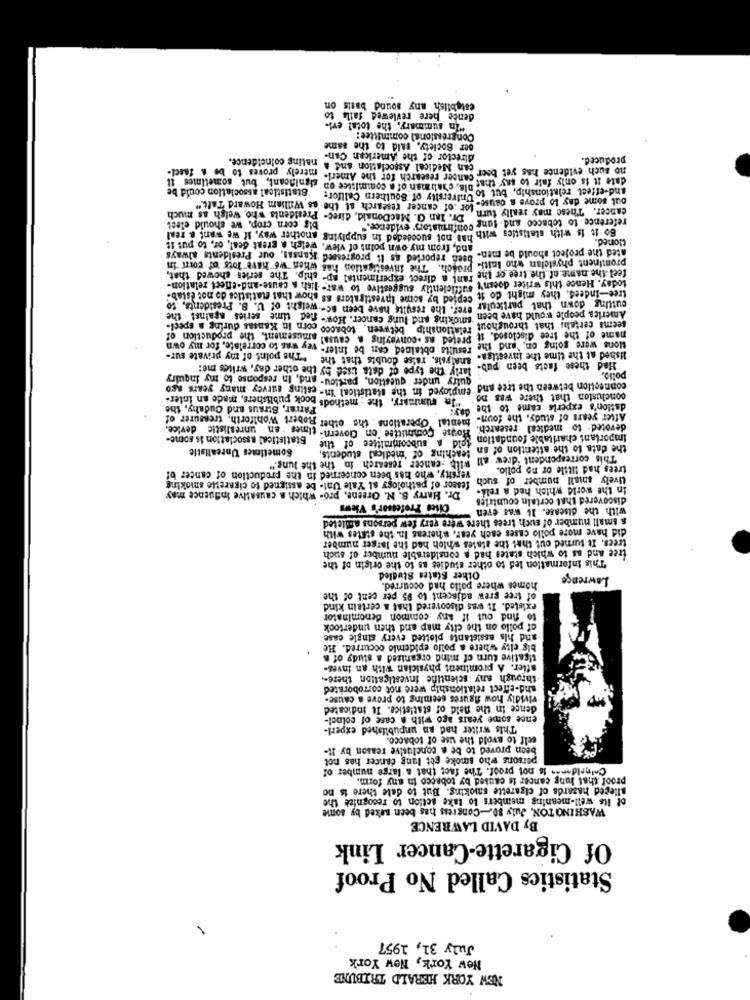
establish any sound basis on
dente pere reviewed falls to
"In summary, the total evi-
Congressional committee:
per - Society, Bald to the same
nating coincidence.
director of the American Can-
produced.
merely proves to be # faecl-
T can Medical Association and a
significant, but sometimes it
no such evidence has yet beer cancer research for the Ameri-
Statistical association could be
date it is only fair to say that Dla, chairman of a committee on
and-effect relationship, but to University of Southern Callfor-
out some day to prove a cause- for .of cancer research at the- as William Howard Talt."
Dr. Ian G. MacDonald, direc- Presidents who, welsh as much
cancer. These may really turn
big corn crop, we should elect
60 it is with statistics with has not succeeded in supplying another way, if we want & real
reference to tobacco and lung confirmatory evidence."
and, from my own point of view, welsh a great deal, or, to put it
tioned.
ated the project should be men- been reported as It progressed Kansas, our Presidents always
prominent physician who Initi- proach. The investigation has when we have lots of court in
feel-the name of the tree of the rant a direct experimental ap- chip. The series showed that,
today. Hence this writer doesn't sufficientiy suggestive to war- lish A cause-and-enect relation-
tree-Indeed, they might do it cepted by some Investigators as show that statistics do not Estab-
ever. the results have been ac- weight of U. S. Presidents, to
cutting down that particular ere
h smoking and lung cancer. How- fed time series against . the
America people would have been
seems certahi that throughout relationship between, tobacco corn In Kansas during a speci-
vey was to correlate, for my own
preted as -conveying a causa! amusement, the production of
name of the tree disclosed. it
results obtained can be inter-
Mons were going on, and the
analysis, raise doubts that the "The point of my private sur-
Ished at the time the investiga-
larly the type of data used by the other day, writes me:
Had these facts been pub-
quiry under question, partiou- and, In response to my inquiry
polio.
employed in the statistical in- esting survey many years ago
connection between the tree and
summary. the : methods book publishers, made an inter-
conclusion that there was no
Farrar, Straus and Cudahy, the
dation's experis came to the
After years of study, the foun- mental Operations . the other Robert Wohlforth, treasurer of
House Committee on Govern- times an unrealistic device.
devoted. to medical research.
Statistical association is some-
told . subcommittee of the
Important charitable foundation
Sometimes Unrealistic
teaching of 'medical students,
the data to the attention of an
with :cancer research in the the lung."
This correspondent "drew all
trees had little or no pollo.
versity, who has been concerned in the production of cancer of
fessor of pathology at Yale Unt- be assigned to cigarette smoking
Lively small number of such
Dr. Harry B. N. Oreene, pro- which a causative influence may
in the world which had a rell.
discovered that certain countries
Clics Professor's Views
with the disease. It was even
a small number of such trees there were very few persons afflicted
did have more pollo cases each year, whereas In. the states with
trees. It turned out that the states which had the larger number
free and as to which states had a considerable number of such
This Information led to other studies as to the origin of the
Other States Studied
Lawrence
homes where pollo had occurred.
of tree grew adjacent to 95 per cent of the
existed. It was discovered that a certain kind
to find out if any common denominator
of pollo on the city map and then undertook
-and his assistants plotted every single case
big city where a pollo epidemio occurred. He
tigative turn of mind organized a study of a
stier. A prominent physician with an inves-
through any scientine investigation there-
shd-effect relationship were not corroborated
vividly how figures seeming to prove a cause-
dence in the field of statistics. It indicated
ence some years ago with a case of colnel-
This writer had an unpublished experi-
eelf to avoid the use of tobacco.
been proved to be a conclusive reason by It-
persons who smoke get lung cancer has not
Coloriden -. is not proof. The fact that a large number of
proof that lung cancer is caused by tobacco in any form.
alleged hazards of cigarette smoking. But to date there is no
of its well-meaning members to take action to recognize the
WASHINGTON, July 30 .- Congress has been neked by some
By DAVID LAWRENCE
Of Cigarette-Cancer Link
Statistics Called No Proof
1
July 31, 1957
New York, New York
NEW YORK HERALD TRIBUNE